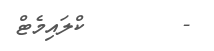
-        ކްލައިމެޓް